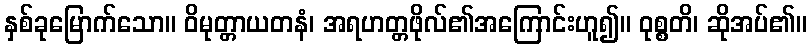
နှစ်ခုမြောက်သော။ ဝိမုတ္တာယတနံ၊ အရဟတ္တဖိုလ်၏အကြောင်းဟူ၍။ ဝုစ္စတိ၊ ဆိုအပ်၏။